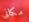
مكانى